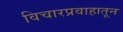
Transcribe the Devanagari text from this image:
विचारप्रवाहातून